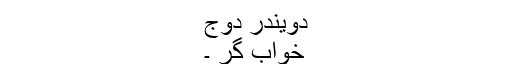
دویندر دوج
خواب گر ۔